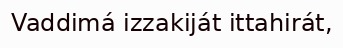
Vaddimá izzakiját ittahirát,